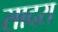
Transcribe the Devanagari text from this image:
सादरा